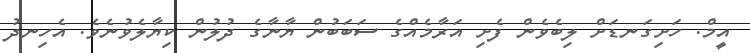
އީމް. ހަށިގަނޑަށް ލިބެވެން ފެށި އަރާމެއްގެ ސަބަބުން ޔާނާގެ ދުލުން ކިޔާލެވުނެވެ. އެހިނދު